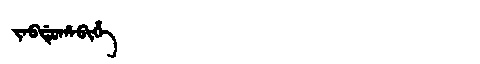
Manchu: ᠵᠠᠪᡩᡠᡥᠠᠪᡳᡥᡝ
Romanization: JABDUHABIHE